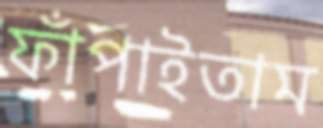
ফাঁপাইতাম